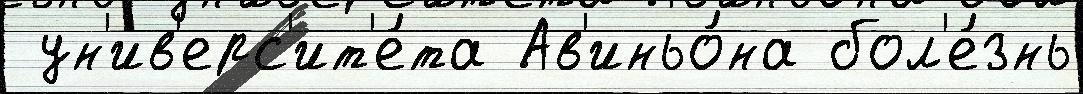
 ун'ив'ерс'ит'е́та Ав'иньо́на бол'е́знь